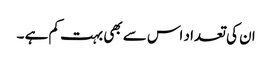
ان کی تعداد اس سے بھی بہت کم ہے ۔